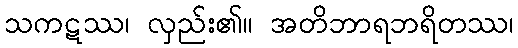
သကဋဿ၊ လှည်း၏။ အတိဘာရဘရိတဿ၊